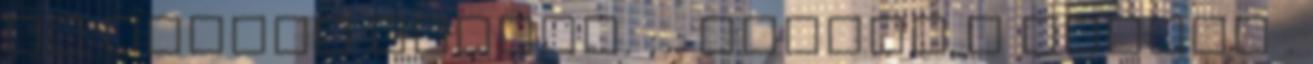
is jutott belőle. ; . Tovább a blogra .